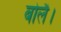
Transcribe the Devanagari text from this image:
बोलै।